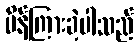
မိန့်ကြားခဲ့ပါသည်